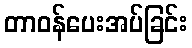
တာဝန်ပေးအပ်ခြင်း